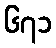
၆၇၁